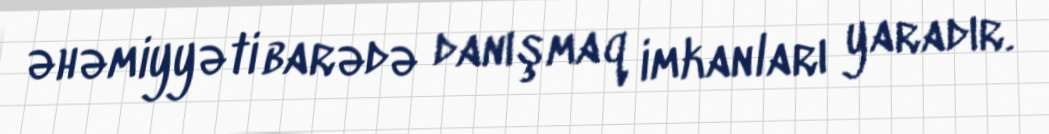
əhəmiyyəti barədə danışmaq imkanları yaradır.